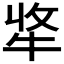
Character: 𤙘